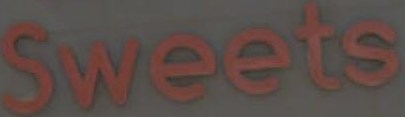
Sweets